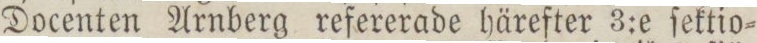
Docenten Arnberg refererade härefter 3:e ſektio=